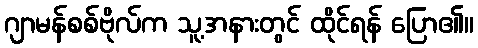
ဂျာမန်စစ်ဗိုလ်က သူ့အနားတွင် ထိုင်ရန် ပြော၏။